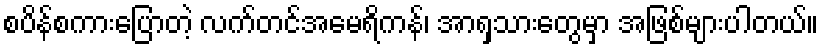
စပိန်စကားပြောတဲ့ လက်တင်အမေရိကန်၊ အာရှသားတွေမှာ အဖြစ်များပါတယ်။